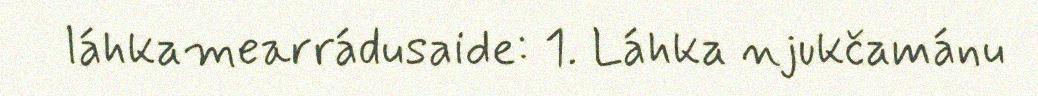
láhkamearrádusaide: 1. Láhka njukčamánu